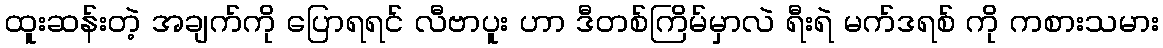
ထူးဆန်းတဲ့ အချက်ကို ပြောရရင် လီဗာပူး ဟာ ဒီတစ်ကြိမ်မှာလဲ ရီးရဲ မက်ဒရစ် ကို ကစားသမား